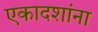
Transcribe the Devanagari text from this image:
एकादशांना